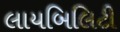
લાયબિલિટી